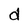
Character: d